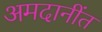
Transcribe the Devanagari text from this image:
अमदानींत